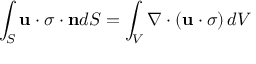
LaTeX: \int _ { S } \mathbf { u \cdot { \boldsymbol { \sigma } } \cdot n } d S = \int _ { V } \nabla \cdot \left( \mathbf { u } \cdot { \boldsymbol { \sigma } } \right) d V